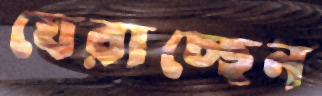
ঘেরাচ্ছেন